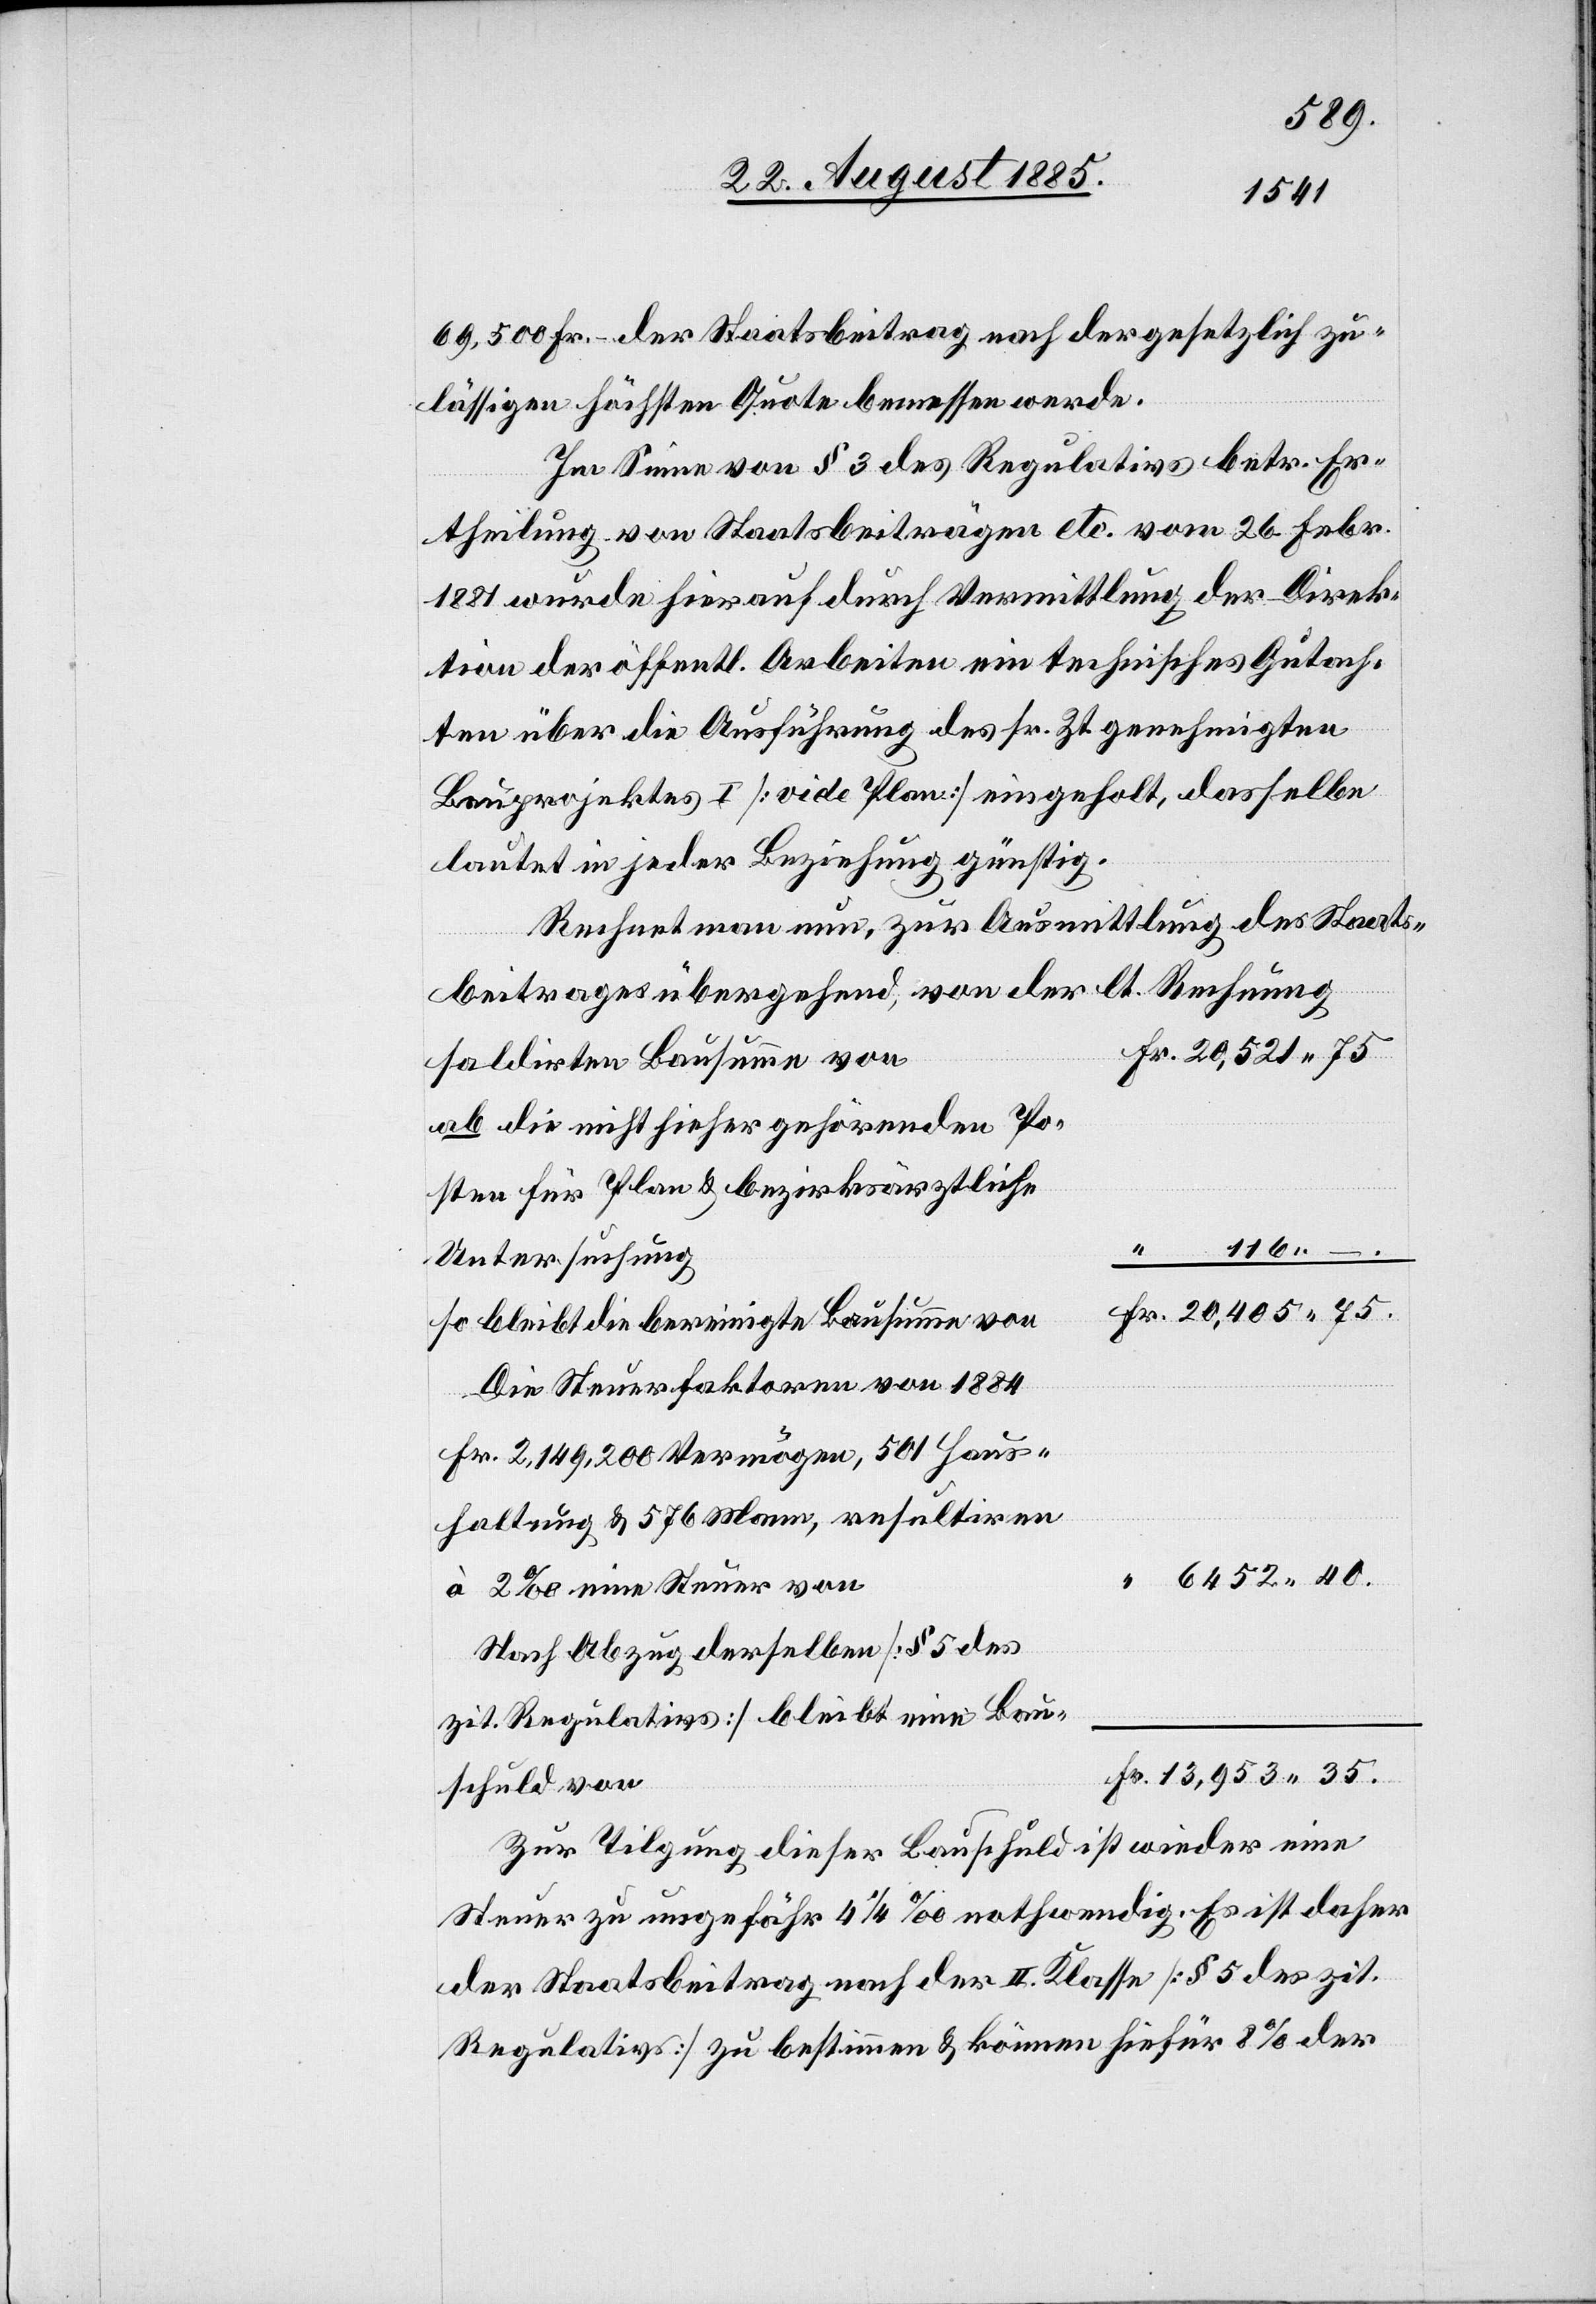
69,500 Fr. der Staatsbeitrag nach der gesetzlich zu¬
lässigen höchsten Quote bemessen werde.
Im Sinne von § 3 des Regulativs betr. Er¬
theilung von Staatsbeiträgen etc. vom 26. Febr.
1881 wurde hierauf durch Vermittlung der Direk¬
tion der öffentl. Arbeiten ein technisches Gutach¬
ten über die Ausführung des sr. Zt. genehmigten
Bauprojektes I [vide Plan] eingeholt, dasselbe
lautet in jeder Beziehung günstig.
Rechnet man nun, zur Ausmittlung des Staats¬
beitrages übergehend, von der lt. Rechnung
saldirten Bausumme von
ab die nicht hieher gehörenden Po¬
sten für Plan & bezirksärztliche
Untersuchung
so bleibt die bereinigte Bausumme von
Die Steuerfaktoren von 1884
Fr. 2,149,200 Vermögen, 501 Haus¬
haltung & 576 Mann, resultiren
à 2‰ eine Steuer von
Nach Abzug derselben [§ 5 des
zit. Regulativs] bleibt eine Bau¬
schuld von
Zur Tilgung dieser Bauschuld ist wieder eine
Steuer zu ungefähr 4 1/4‰ nothwendig. Es ist daher
der Staatsbeitrag nach der II. Klasse [§ 5 des zit.
Regulativs] zu bestimmen & können hiefür 8% der